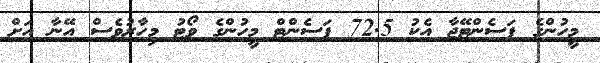
މީހުންގެ ޕަސެންޓޭޖާ އެކު 72.5 ޕަސެންޓް މީހުންގެ ވޯޓު މިހާރުވެސް އޭނާ އަށް